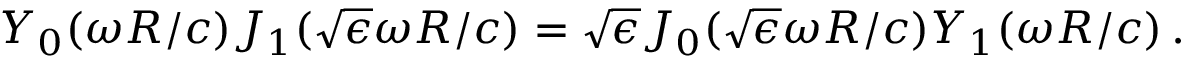
Y _ { 0 } ( \omega R / c ) J _ { 1 } ( \sqrt { \epsilon } \omega R / c ) = \sqrt { \epsilon } J _ { 0 } ( \sqrt { \epsilon } \omega R / c ) Y _ { 1 } ( \omega R / c ) \, .